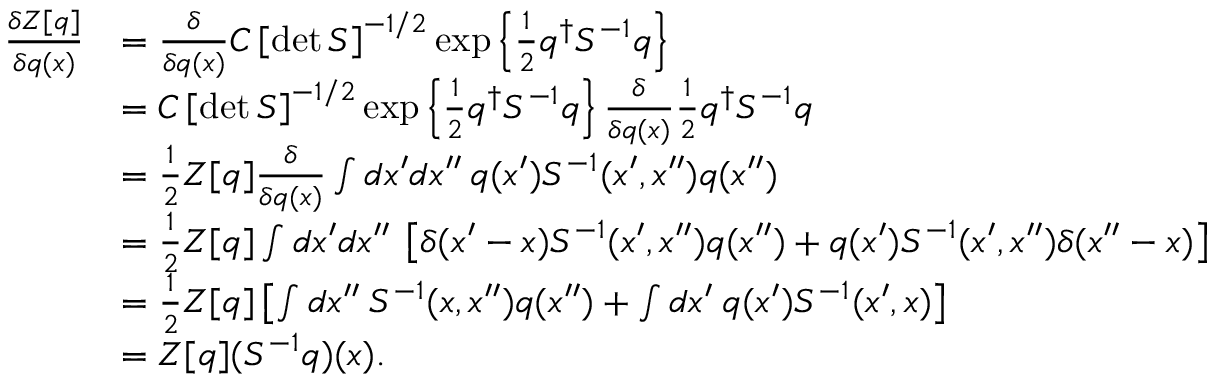
\begin{array} { r l } { \frac { \delta Z [ q ] } { \delta q ( x ) } } & { = \frac { \delta } { \delta q ( x ) } C \left[ \operatorname* { d e t } S \right] ^ { - 1 / 2 } \exp \left\{ \frac { 1 } { 2 } q ^ { \dagger } S ^ { - 1 } q \right\} } \\ & { = C \left[ \operatorname* { d e t } S \right] ^ { - 1 / 2 } \exp \left\{ \frac { 1 } { 2 } q ^ { \dagger } S ^ { - 1 } q \right\} \frac { \delta } { \delta q ( x ) } \frac { 1 } { 2 } q ^ { \dagger } S ^ { - 1 } q } \\ & { = \frac { 1 } { 2 } Z [ q ] \frac { \delta } { \delta q ( x ) } \int d x ^ { \prime } d x ^ { \prime \prime } \: q ( x ^ { \prime } ) S ^ { - 1 } ( x ^ { \prime } , x ^ { \prime \prime } ) q ( x ^ { \prime \prime } ) } \\ & { = \frac { 1 } { 2 } Z [ q ] \int d x ^ { \prime } d x ^ { \prime \prime } \: \left[ \delta ( x ^ { \prime } - x ) S ^ { - 1 } ( x ^ { \prime } , x ^ { \prime \prime } ) q ( x ^ { \prime \prime } ) + q ( x ^ { \prime } ) S ^ { - 1 } ( x ^ { \prime } , x ^ { \prime \prime } ) \delta ( x ^ { \prime \prime } - x ) \right] } \\ & { = \frac { 1 } { 2 } Z [ q ] \left[ \int d x ^ { \prime \prime } \: S ^ { - 1 } ( x , x ^ { \prime \prime } ) q ( x ^ { \prime \prime } ) + \int d x ^ { \prime } \: q ( x ^ { \prime } ) S ^ { - 1 } ( x ^ { \prime } , x ) \right] } \\ & { = Z [ q ] ( S ^ { - 1 } q ) ( x ) . } \end{array}